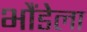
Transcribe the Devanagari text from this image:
भौंडेला